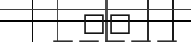
٨٠